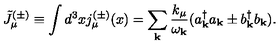
\tilde { J } _ { \mu } ^ { ( \pm ) } \equiv \int d ^ { 3 } x j _ { \mu } ^ { ( \pm ) } ( x ) = \sum _ { { \bf k } } \frac { k _ { \mu } } { \omega _ { { \bf k } } } ( a _ { { \bf k } } ^ { \dagger } a _ { { \bf k } } \pm b _ { { \bf k } } ^ { \dagger } b _ { { \bf k } } ) .